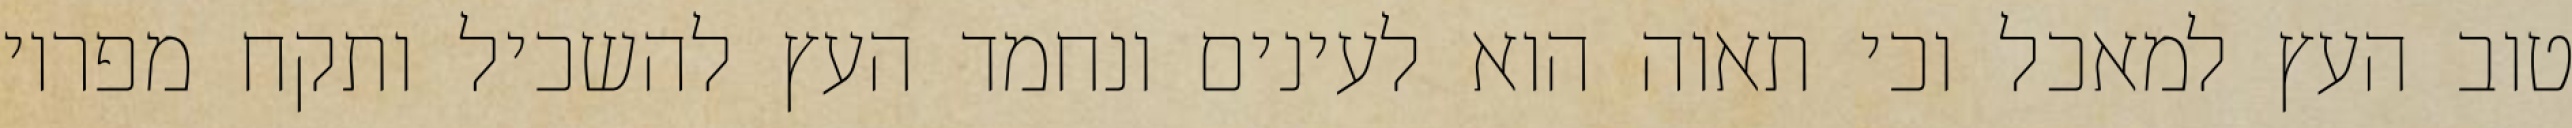
טוב העץ למאכל וכי תאוה הוא לעינים ונחמד העץ להשכיל ותקח מפריו